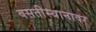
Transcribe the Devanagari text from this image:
वसतीस्थानावर